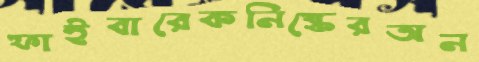
ফাইবারেকনিষ্কেরঅন